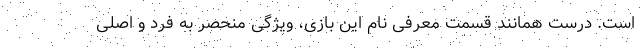
است. درست همانند قسمت معرفی نام این بازی، ویژگی منحصر به فرد و اصلی